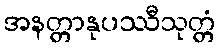
အနတ္တာနုပဿီသုတ္တံ